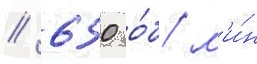
// 650 о́б/ м'и́н